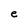
Character: e